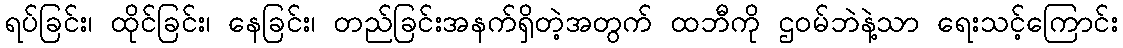
ရပ်ခြင်း၊ ထိုင်ခြင်း၊ နေခြင်း၊ တည်ခြင်းအနက်ရှိတဲ့အတွက် ထဘီကို ဌဝမ်ဘဲနဲ့သာ ရေးသင့်ကြောင်း